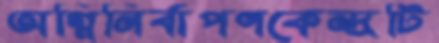
অগ্নিনির্বাপণকেন্দ্রটি